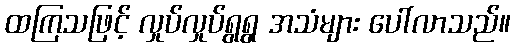
ထကြသဖြင့် လှုပ်လှုပ်ရွရွ အသံများ ပေါ်လာသည်။